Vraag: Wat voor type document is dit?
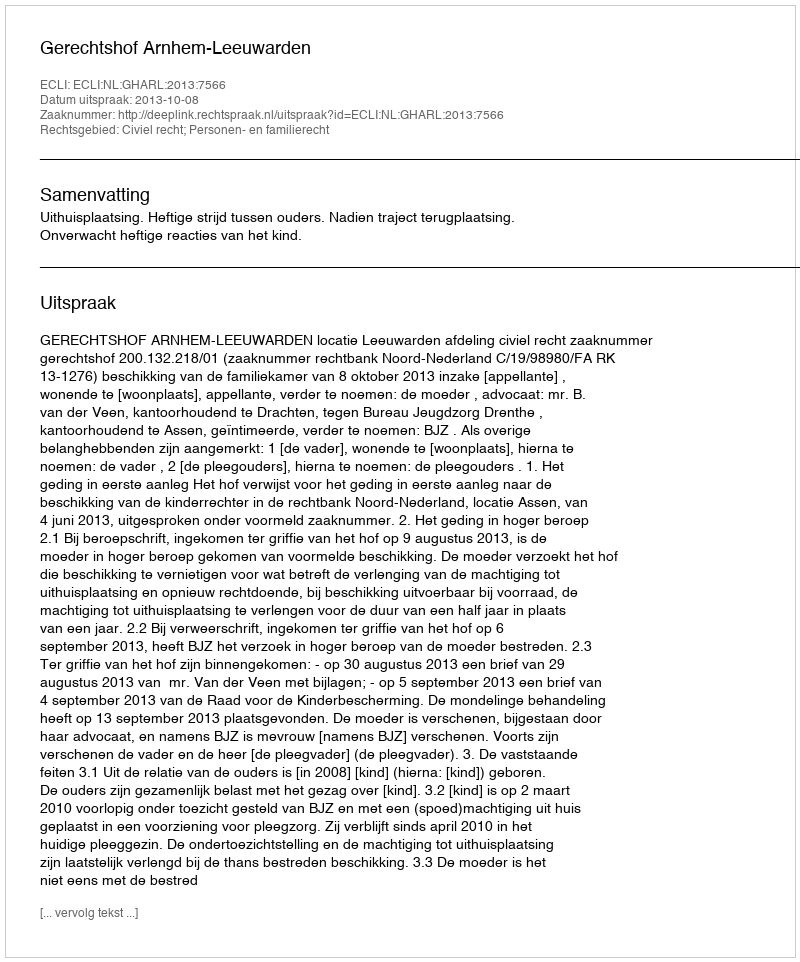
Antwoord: Uitspraak